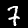
Label: 7